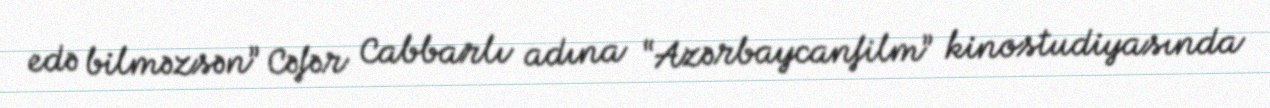
edə bilməzsən” Cəfər Cabbarlı adına “Azərbaycanfilm” kinostudiyasında